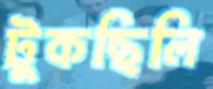
টুকছিলি